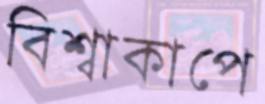
বিশ্বাকাপে